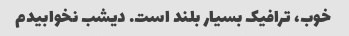
خوب، ترافیک بسیار بلند است. دیشب نخوابیدم